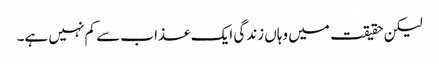
لیکن حقیقت میں وہاں زندگی ایک عذاب سے کم نہیں ہے۔